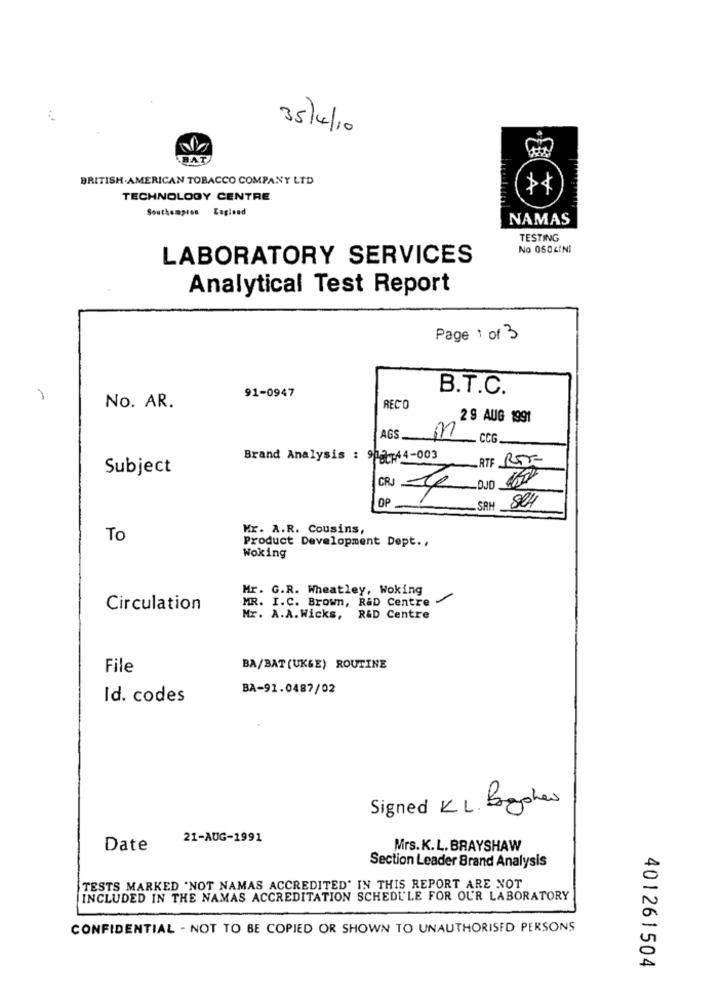
...
35/4/10
BAT
BRITISH AMERICAN TOBACCO COMPANY LTD
TECHNOLOGY CENTRE
Southampton England
NAMAS
TESTING
No 0504INI
LABORATORY SERVICES
Analytical Test Report
Page 1 of 3
B.T.C.
-
91-0947
No. AR.
RECO
2 9 AUG 1991
AGS_
617 CCG.
Brand Analysis : 902-44-003
RTF RET
Subject
CRJ
2
OP
SAH SCH
Mr. A.R. Cousins,
To
Product Development Dept .,
Woking
Mr. G.R. Wheatley, Woking
MR. I.C. Brown, R&D Centre
Circulation
Mr. A.A. Wicks, R&D Centre
File
BA/BAT(UK&E) ROUTINE
BA-91.0487/02
Id. codes
Signed KL Bychen
21-AUG-1991
Date
Mrs.K.L. BRAYSHAW
Section Leader Brand Analysis
TESTS MARKED "NOT NAMAS ACCREDITED" IN THIS REPORT ARE NOT
INCLUDED IN THE NAMAS ACCREDITATION SCHEDULE FOR OUR LABORATORY
CONFIDENTIAL - NOT TO BE COPIED OR SHOWN TO UNAUTHORISED PERSONS
401261504